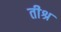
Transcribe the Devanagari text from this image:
तीश्र